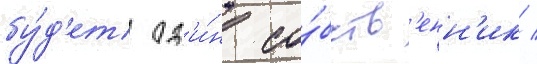
бу́д'ет од'и́н со́бств'енн'ик /